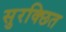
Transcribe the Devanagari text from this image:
सुरक्छित